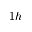
1 h